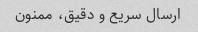
ارسال سریع و دقیق، ممنون